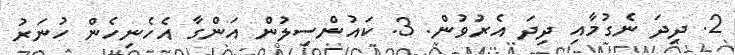
2. ދިދަ ނެގުމާއި ދިދަ އެރުވުން. 3. ކައުންސިލުން އަންގާ އެހެނިހެން ހުނަރު